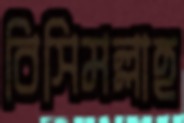
বিসিমল্লাহ